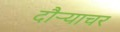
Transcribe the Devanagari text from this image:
दौर्‍याचर